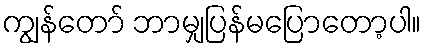
ကျွန်တော် ဘာမျှပြန်မပြောတော့ပါ။